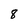
Character: 8